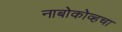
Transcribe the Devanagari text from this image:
नाबोकोव्हचा